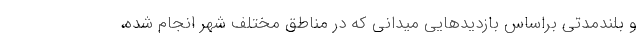
و بلندمدتی براساس بازدیدهایی میدانی که در مناطق مختلف شهر انجام شده،